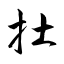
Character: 扗